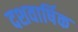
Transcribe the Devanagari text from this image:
दशवार्षिक